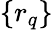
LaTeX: \{ r_{q}\}